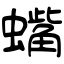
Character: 蟕